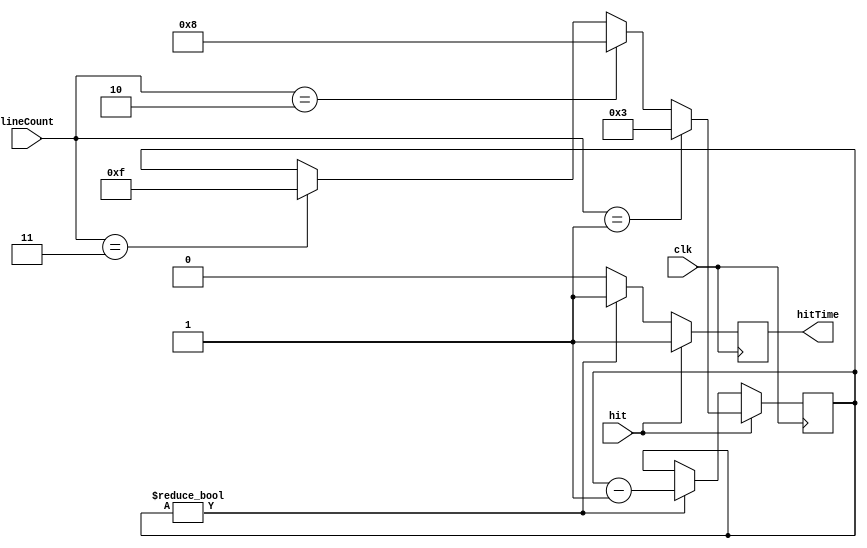
`timescale 1ns / 1ps

module getHitTime(
	input clk,
	input hit,
	input [1:0] lineCount,
	output reg hitTime
);

reg [4:0] remainingTime;
initial remainingTime = 0;

always @(negedge clk) begin
    if (hit == 1'b1) begin
		hitTime <= 1'b1;
        if (lineCount == 2'b01)
			remainingTime <= 4'b0011;
		else if (lineCount == 2'b10) 
			remainingTime <= 4'b1000;
		else if (lineCount == 2'b11) 
			remainingTime <= 4'b1111;
	end
	else if (remainingTime != 4'b0000) begin
		hitTime <= 1'b1;
		remainingTime <= remainingTime - 4'b0001;
	end
	else
		hitTime <= 1'b0;
end

endmodule